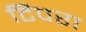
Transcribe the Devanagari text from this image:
टिपरा